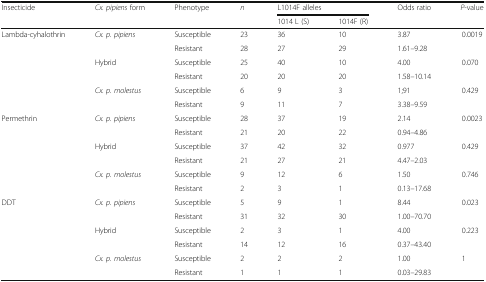
| <ROWSPAN=2> Insecticide | <ROWSPAN=2> Cx. pipiens form | <ROWSPAN=2> Phenotype | <ROWSPAN=2> n | <COLSPAN=2> L1014F alleles | <ROWSPAN=2> Odds ratio | <ROWSPAN=2> P-value |
 | 1014 L (S) | 1014F (R) |
 | --- | --- | --- | --- | --- | --- | --- | --- |
 | <ROWSPAN=6> Lambda-cyhalothrin | <ROWSPAN=2> Cx. p. pipiens | Susceptible | 23 | 36 | 10 | 3.87 | 0.0019 |
 | Resistant | 28 | 27 | 29 | 1.61–9.28 |  |
 | <ROWSPAN=2> Hybrid | Susceptible | 25 | 40 | 10 | 4.00 | 0.070 |
 | Resistant | 20 | 20 | 20 | 1.58–10.14 |  |
 | <ROWSPAN=2> Cx. p. molestus | Susceptible | 6 | 9 | 3 | 1;91 | 0.429 |
 | Resistant | 9 | 11 | 7 | 3.38–9.59 |  |
 | <ROWSPAN=6> Permethrin | <ROWSPAN=2> Cx. p. pipiens | Susceptible | 28 | 37 | 19 | 2.14 | 0.0023 |
 | Resistant | 21 | 20 | 22 | 0.94–4.86 |  |
 | <ROWSPAN=2> Hybrid | Susceptible | 37 | 42 | 32 | 0.977 | 0.429 |
 | Resistant | 21 | 27 | 21 | 4.47–2.03 |  |
 | <ROWSPAN=2> Cx. p. molestus | Susceptible | 9 | 12 | 6 | 1.50 | 0.746 |
 | Resistant | 2 | 3 | 1 | 0.13–17.68 |  |
 | <ROWSPAN=6> DDT | <ROWSPAN=2> Cx. p. pipiens | Susceptible | 5 | 9 | 1 | 8.44 | 0.023 |
 | Resistant | 31 | 32 | 30 | 1.00–70.70 |  |
 | <ROWSPAN=2> Hybrid | Susceptible | 2 | 3 | 1 | 4.00 | 0.223 |
 | Resistant | 14 | 12 | 16 | 0.37–43.40 |  |
 | <ROWSPAN=2> Cx. p. molestus | Susceptible | 2 | 2 | 2 | 1.00 | 1 |
 | Resistant | 1 | 1 | 1 | 0.03–29.83 |  |